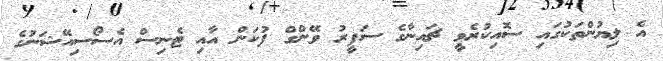
އެ ލިޔުންތަކުގައި ސޮއިކުރެވީ ޗައިނާގެ ސަފީރު ވޭންގް ފުކަން އާއި ޓެނިސް އެސޯސިއޭޝަނުގެ